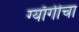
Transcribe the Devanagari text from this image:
ग्याँगीचा